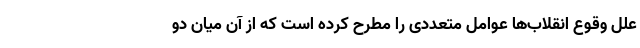
علل وقوع انقلاب‌ها عوامل متعددی را مطرح کرده است که از آن میان دو